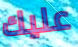
عليك